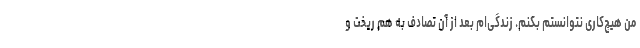
من هیچ‌کاری نتوانستم بکنم. زندگی‌ام بعد از آن تصادف به هم ریخت و